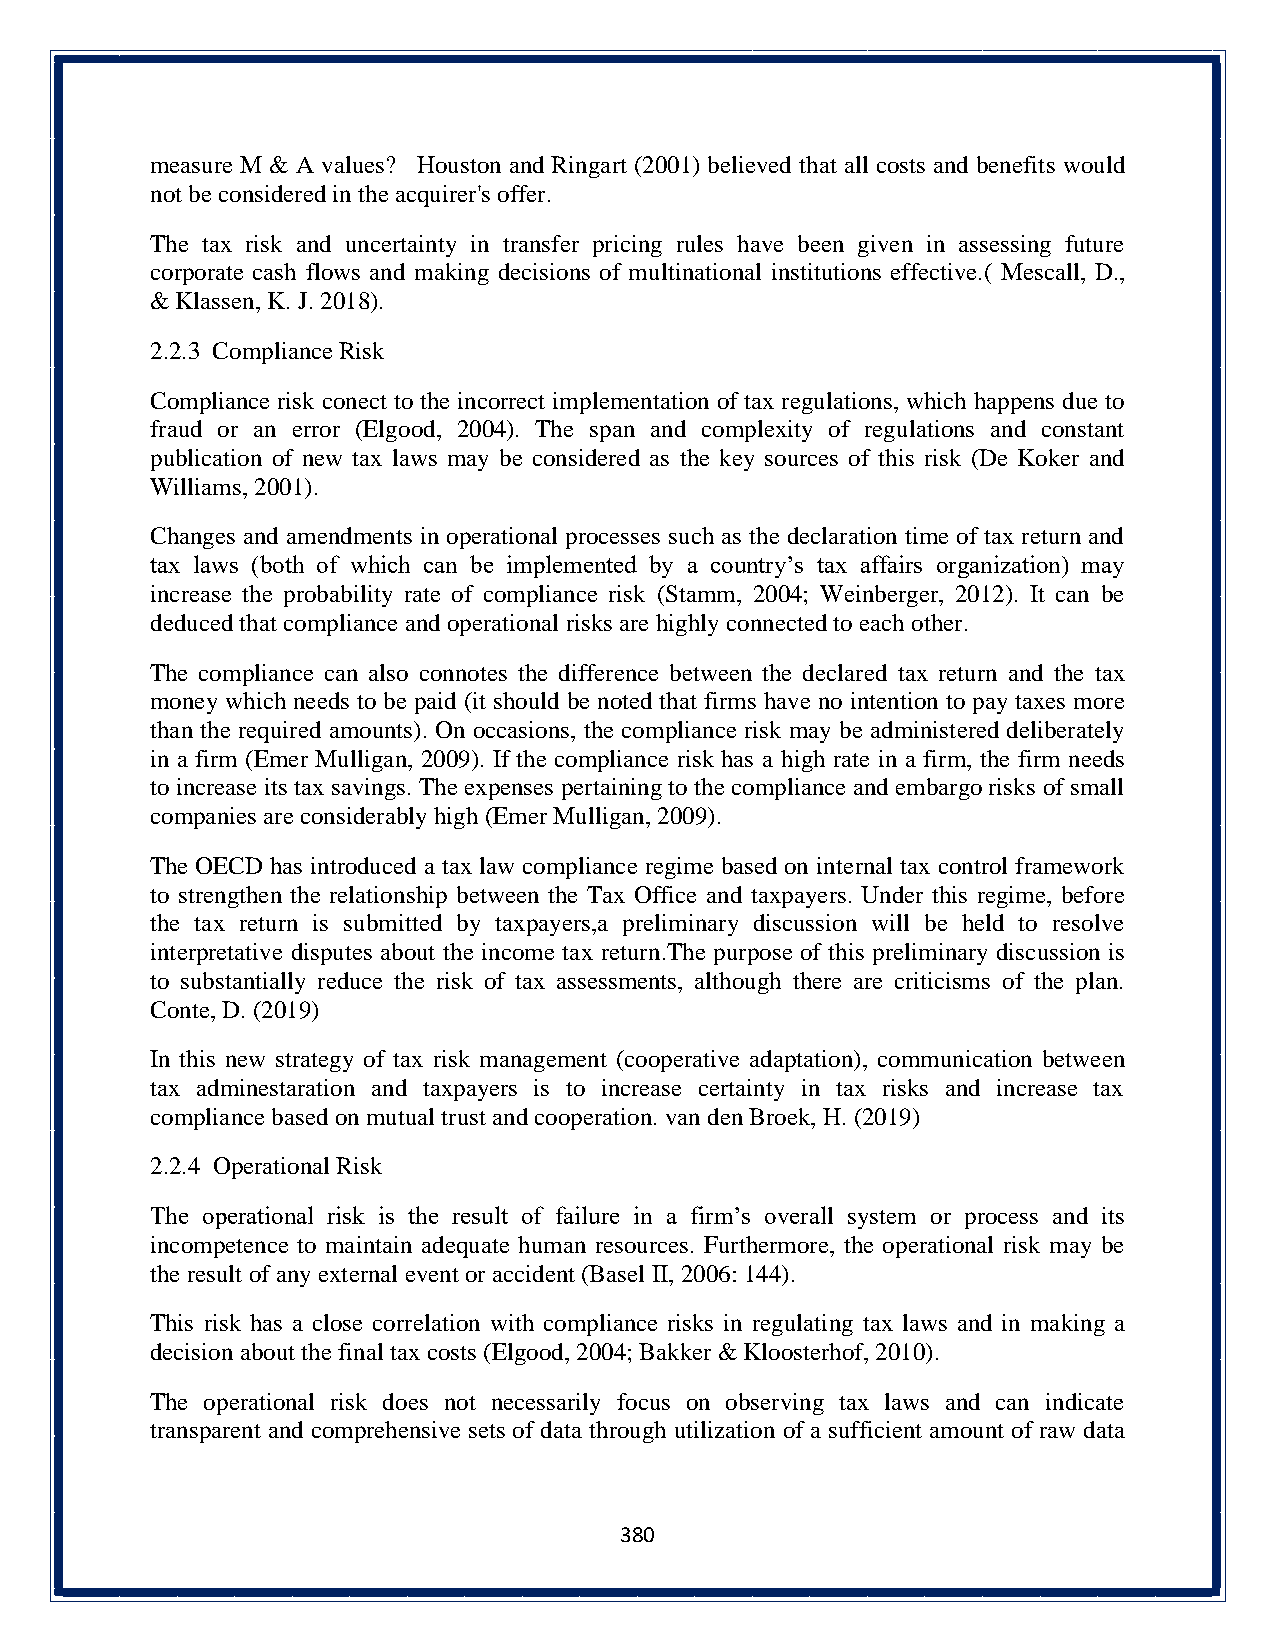
measure M & A values? Houston and Ringart (2001) believed that all costs and benefits would
 not be considered in the acquirer's offer.
 The tax risk and uncertainty in transfer pricing rules have been given in assessing future
 corporate cash flows and making decisions of multinational institutions effective.( Mescall, D.,
 & Klassen, K. J. 2018).
 2.2.3 Compliance Risk
 Compliance risk conect to the incorrect implementation of tax regulations, which happens due to
 fraud or an error (Elgood, 2004). The span and complexity of regulations and constant
 publication of new tax laws may be considered as the key sources of this risk (De Koker and
 Williams, 2001).
 Changes and amendments in operational processes such as the declaration time of tax return and
 tax laws (both of which can be implemented by a country’s tax affairs organization) may
 increase the probability rate of compliance risk (Stamm, 2004; Weinberger, 2012). It can be
 deduced that compliance and operational risks are highly connected to each other.
 The compliance can also connotes the difference between the declared tax return and the tax
 money which needs to be paid (it should be noted that firms have no intention to pay taxes more
 than the required amounts). On occasions, the compliance risk may be administered deliberately
 in a firm (Emer Mulligan, 2009). If the compliance risk has a high rate in a firm, the firm needs
 to increase its tax savings. The expenses pertaining to the compliance and embargo risks of small
 companies are considerably high (Emer Mulligan, 2009).
 The OECD has introduced a tax law compliance regime based on internal tax control framework
 to strengthen the relationship between the Tax Office and taxpayers. Under this regime, before
 the tax return is submitted by taxpayers,a preliminary discussion will be held to resolve
 interpretative disputes about the income tax return.The purpose of this preliminary discussion is
 to substantially reduce the risk of tax assessments, although there are criticisms of the plan.
 Conte, D. (2019)
 In this new strategy of tax risk management (cooperative adaptation), communication between
 tax adminestaration and taxpayers is to increase certainty in tax risks and increase tax
 compliance based on mutual trust and cooperation. van den Broek, H. (2019)
 2.2.4 Operational Risk
 The operational risk is the result of failure in a firm’s overall system or process and its
 incompetence to maintain adequate human resources. Furthermore, the operational risk may be
 the result of any external event or accident (Basel II, 2006: 144).
 This risk has a close correlation with compliance risks in regulating tax laws and in making a
 decision about the final tax costs (Elgood, 2004; Bakker & Kloosterhof, 2010).
 The operational risk does not necessarily focus on observing tax laws and can indicate
 transparent and comprehensive sets of data through utilization of a sufficient amount of raw data
 380